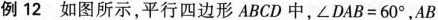
例12 如图所示，平行四边形ABCD中，$$∠ D A B = 6 0 °$$，$$A B